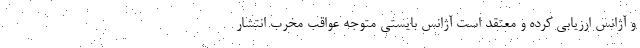
و آژانس ارزیابی کرده و معتقد است آژانس بایستی متوجه عواقب مخرب انتشار